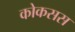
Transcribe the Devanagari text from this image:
कोकसस